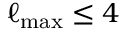
\ell _ { \mathrm { m a x } } \leq 4